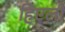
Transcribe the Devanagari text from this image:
हिएली